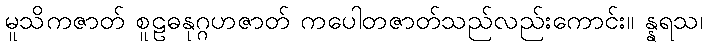
မူသိကဇာတ် စူဠဓနုဂ္ဂဟဇာတ် ကပေါတဇာတ်သည်လည်းကောင်း။ န္နရသ၊